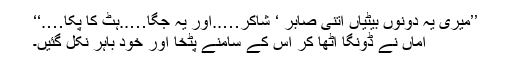
’’میری یہ دونوں بیٹیاں اتنی صابر ‘ شاکر…..اور یہ جگا…..ہٹ کا پکا….‘‘
اماں نے ڈونگا اٹھا کر اس کے سامنے پٹخا اور خود باہر نکل گئیں۔